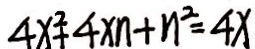
4 x ^ { 2 } + 4 x n + n ^ { 2 } = 4 x